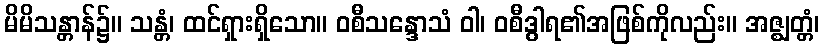
မိမိသန္တာန်၌။ သန္တံ၊ ထင်ရှားရှိသော။ ဝစီသန္ဒောသံ ဝါ၊ ဝစီဒွါရ၏အဖြစ်ကိုလည်း။ အဇ္ဈတ္တံ၊